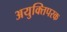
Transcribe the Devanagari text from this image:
अयुक्तिपरक